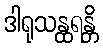
ဒါရုသန္ထရန္တိ